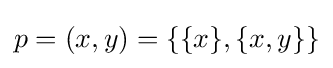
p=(x,y)=\{\{x\},\{x,y\}\}